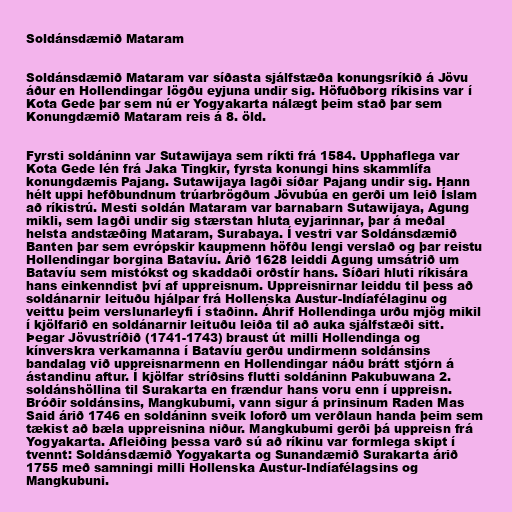
Soldánsdæmið Mataram

Soldánsdæmið Mataram var síðasta sjálfstæða konungsríkið á Jövu
áður en Hollendingar lögðu eyjuna undir sig. Höfuðborg ríkisins var í
Kota Gede þar sem nú er Yogyakarta nálægt þeim stað þar sem
Konungdæmið Mataram reis á 8. öld.

Fyrsti soldáninn var Sutawijaya sem ríkti frá 1584. Upphaflega var
Kota Gede lén frá Jaka Tingkir, fyrsta konungi hins skammlífa
konungdæmis Pajang. Sutawijaya lagði síðar Pajang undir sig. Hann
hélt uppi hefðbundnum trúarbrögðum Jövubúa en gerði um leið Íslam
að ríkistrú. Mesti soldán Mataram var barnabarn Sutawijaya, Agung
mikli, sem lagði undir sig stærstan hluta eyjarinnar, þar á meðal
helsta andstæðing Mataram, Surabaya. Í vestri var Soldánsdæmið
Banten þar sem evrópskir kaupmenn höfðu lengi verslað og þar reistu
Hollendingar borgina Batavíu. Árið 1628 leiddi Agung umsátrið um
Batavíu sem mistókst og skaddaði orðstír hans. Síðari hluti ríkisára
hans einkenndist því af uppreisnum. Uppreisnirnar leiddu til þess að
soldánarnir leituðu hjálpar frá Hollenska Austur-Indíafélaginu og
veittu þeim verslunarleyfi í staðinn. Áhrif Hollendinga urðu mjög mikil
í kjölfarið en soldánarnir leituðu leiða til að auka sjálfstæði sitt.
Þegar Jövustríðið (1741-1743) braust út milli Hollendinga og
kínverskra verkamanna í Batavíu gerðu undirmenn soldánsins
bandalag við uppreisnarmenn en Hollendingar náðu brátt stjórn á
ástandinu aftur. Í kjölfar stríðsins flutti soldáninn Pakubuwana 2.
soldánshöllina til Surakarta en frændur hans voru enn í uppreisn.
Bróðir soldánsins, Mangkubumi, vann sigur á prinsinum Raden Mas
Said árið 1746 en soldáninn sveik loforð um verðlaun handa þeim sem
tækist að bæla uppreisnina niður. Mangkubumi gerði þá uppreisn frá
Yogyakarta. Afleiðing þessa varð sú að ríkinu var formlega skipt í
tvennt: Soldánsdæmið Yogyakarta og Sunandæmið Surakarta árið
1755 með samningi milli Hollenska Austur-Indíafélagsins og
Mangkubuni.